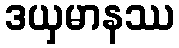
ဒယှမာနဿ